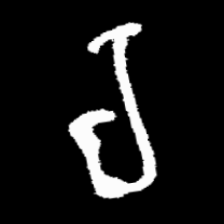
Pyu character \u2014 Myanmar letter: ရ (romanized: ra)